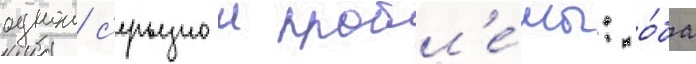
однои с'ерьезнои пробл'е́мы: о́ба